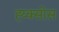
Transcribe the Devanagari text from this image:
ह्य्क्सोस